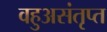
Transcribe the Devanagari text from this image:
वहुअसंतृप्त